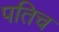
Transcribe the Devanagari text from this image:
पतिच